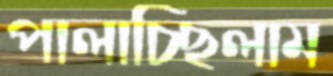
পালাচ্ছিলাম